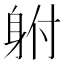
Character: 䠵